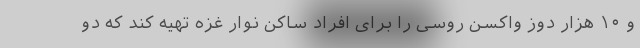
و ۱۰ هزار دوز واکسن روسی را برای افراد ساکن نوار غزه تهیه کند که دو